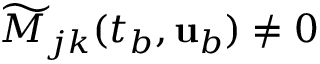
\widetilde { M } _ { j k } ( t _ { b } , { \mathbf { u } } _ { b } ) \neq 0